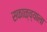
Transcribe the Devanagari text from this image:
सकाळ्च्याला